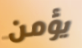
يؤمن